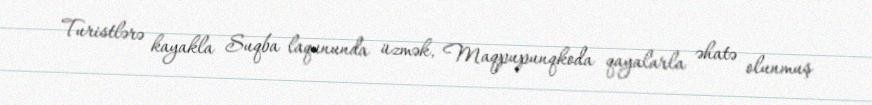
Turistlərə kayakla Suqba laqununda üzmək, Maqpupunqkoda qayalarla əhatə olunmuş